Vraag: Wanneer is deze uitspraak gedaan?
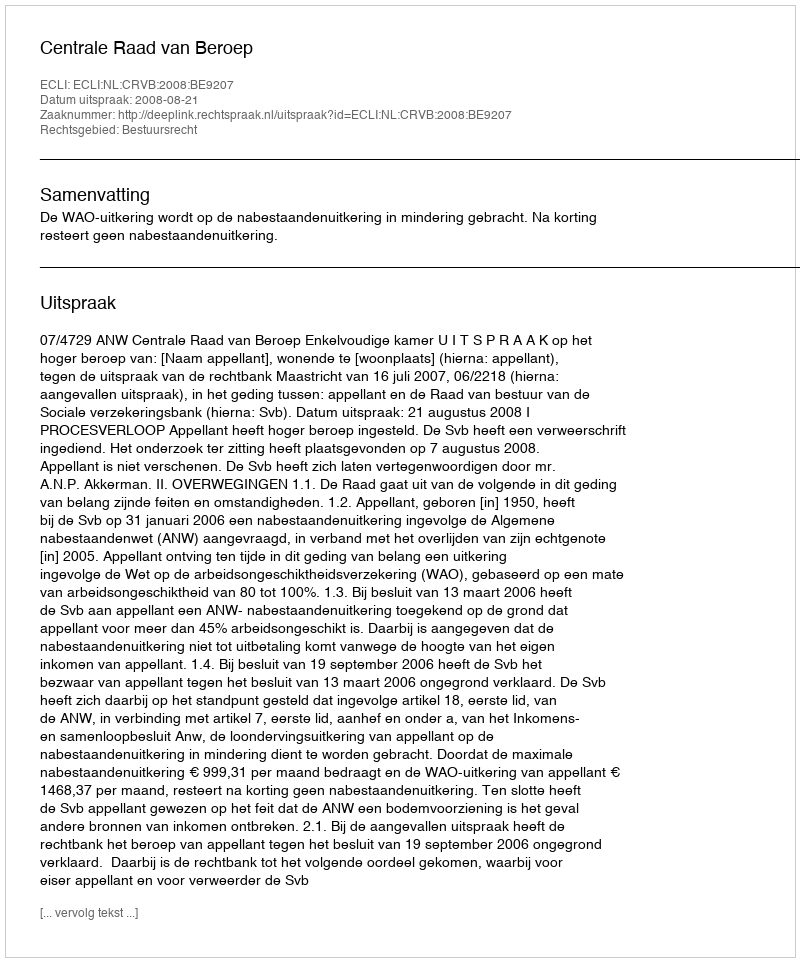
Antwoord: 2008-08-21